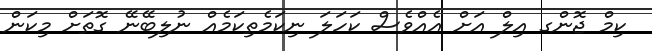
ކިމް ޖޮންގ އިލް އަށް އެއްވެސް ކަހަލަ ނިކަމެތިކަމެއް ނުލިބޭނޭ ގޮތަށް މިކަން